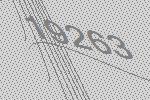
19263